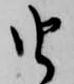
由